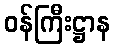
ဝန်ကြီးဋ္ဌာန